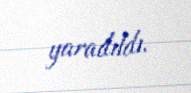
yaradıldı.